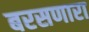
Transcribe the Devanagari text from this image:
बरसणारा